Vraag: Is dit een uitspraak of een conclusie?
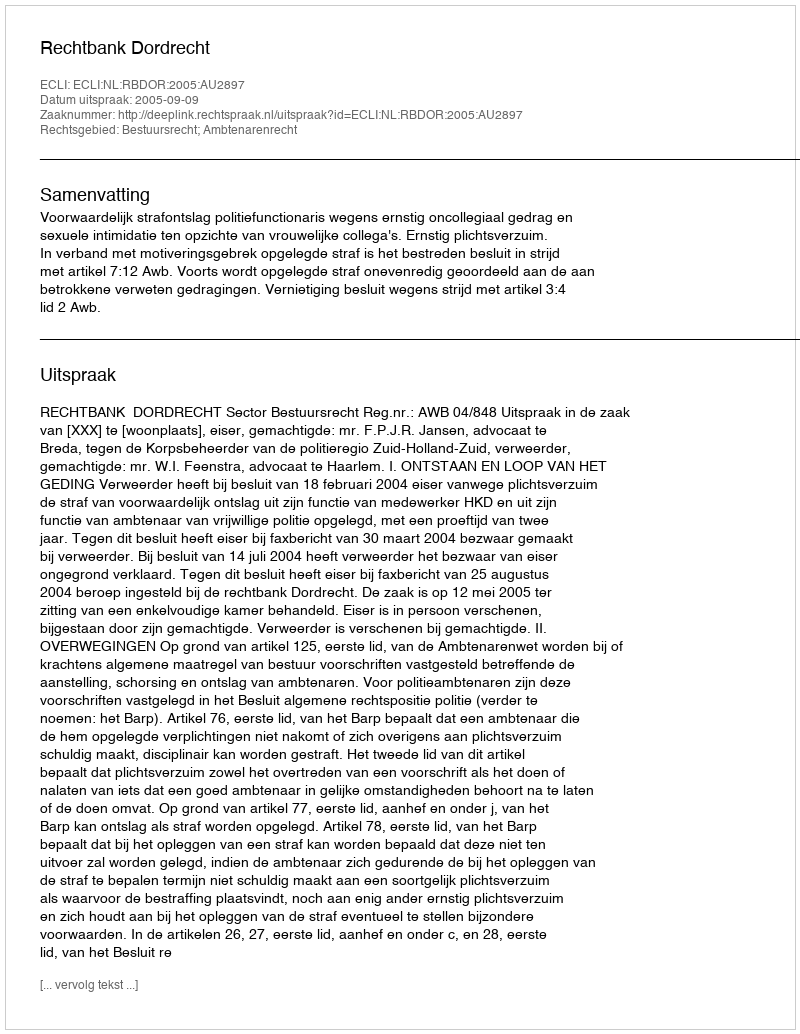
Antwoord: Uitspraak